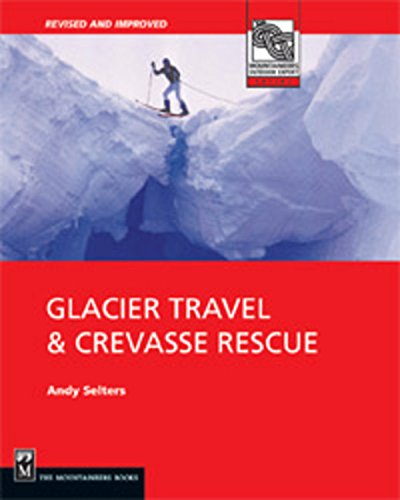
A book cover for Glacier Travel & Crevasse Rescue: Reading Glaciers, Team Travel, Crevasse Rescue Techniques, Routefinding, Expedition Skills 2nd Edition; Andrew Selters; Sports & Outdoors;